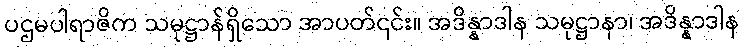
ပဌမပါရာဇိက သမုဋ္ဌာန်ရှိသော အာပတ်၎င်း။ အဒိန္နာဒါန သမုဋ္ဌာနာ၊ အဒိန္နာဒါန